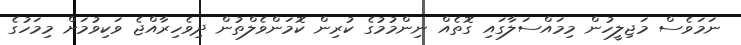
ނަމަވެސް މަޖިލީހުން މިމައްސަލާގައި ގޮތެއް ނިންމުމުގެ ކުރިން ކޮމަންވެލްތުން ދިވެހިރާއްޖެ ވަކިވުމަށް މިމަހުގެ